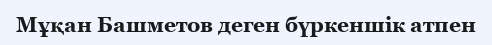
Мұқан Башметов деген бүркеншік атпен